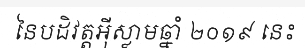
នៃបដិវត្តអ៊ីស្លាមឆ្នាំ ២០១៩ នេះ